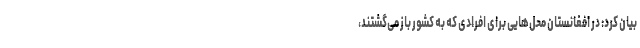
بیان کرد: در افغانستان محل‌هایی برای افرادی که به کشور باز می‌گشتند،